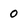
Character: o